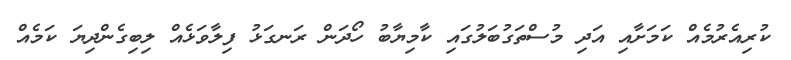
ކުރިއެރުމެއް ކަމަށާއި އަދި މުސްތަގުބަލުގައި ކާމިޔާބު ހޯދަން ރަނގަޅު ފިލާވަޅެއް ލިބިގެންދިޔަ ކަމެއް